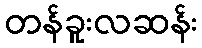
တန်ခူးလဆန်း